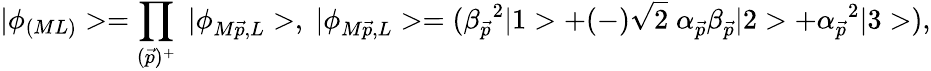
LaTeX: |\phi_{(ML)}>=\prod_{(\vec{p})^{+}}\; |\phi_{M\vec{p},L}>,\; |\phi_{M\vec{p},L}>=(\beta_{\vec{p}}{}^{2}|1>+(-)\sqrt{2}\; \alpha_{\vec{p}}\beta_{\vec{p}}|2>+\alpha_{\vec{p}}{}^{2}|3>),